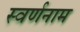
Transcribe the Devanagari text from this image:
स्वर्णनाम